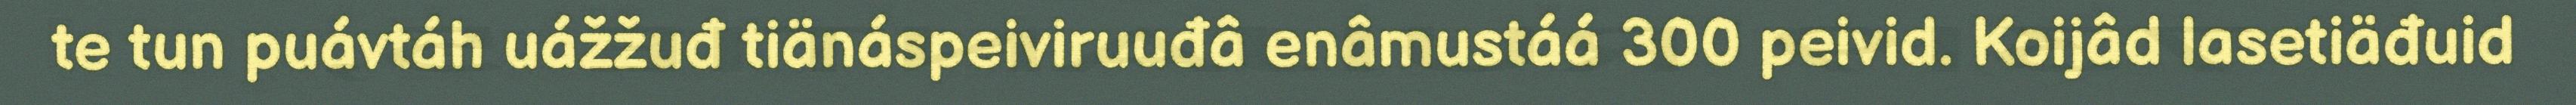
te tun puávtáh uážžuđ tiänáspeiviruuđâ enâmustáá 300 peivid. Koijâd lasetiäđuid